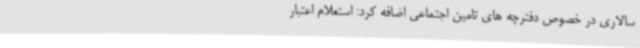
سالاری در خصوص دفترچه های تامین اجتماعی اضافه کرد: استعلام اعتبار